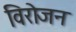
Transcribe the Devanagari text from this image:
विरोजन